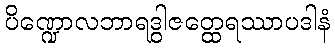
ပိဏ္ဍောလဘာရဒွါဇတ္ထေရဿာပဒါနံ